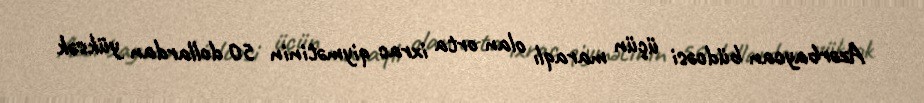
Azərbaycan büdcəsi üçün maraqlı olan orta ixrac qiymətinin 50 dollardan yüksək